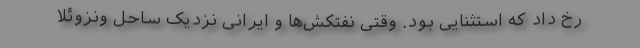
رخ داد که استثنایی بود. وقتی نفتکش‌ها و ایرانی نزدیک ساحل ونزوئلا